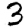
Digit: 3